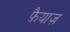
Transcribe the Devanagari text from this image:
फ़ैयाज़